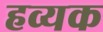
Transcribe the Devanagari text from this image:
हव्यक